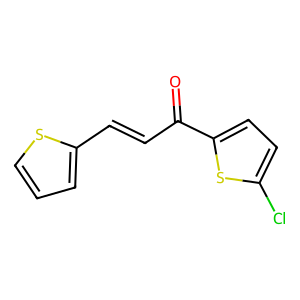
SMILES: O=C(C=Cc1cccs1)c1ccc(Cl)s1
Inhibits HIV replication: No